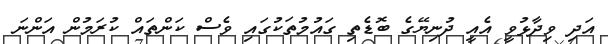
އަދި ވިދާޅުވީ އެއީ ދުނިޔޭގެ ބޮޑެތި ގައުމުތަކުގައި ވެސް ކަންތައް ކުރަމުން އަންނަ